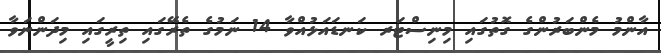
އާންމު މެންބަރުންގެ ގޮތުގައި މިނިސްޓަރ ކަނޑައަޅުއްވާ 14 ނަމުގެ ތެރޭގައި ތިރީގައި މިދަންނަވާ